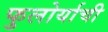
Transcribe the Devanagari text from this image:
फुलोर्याची